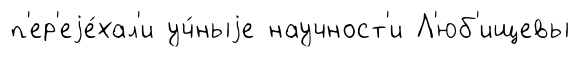
п'ер'еjе́хал'и уч́ныjе научност'и Л'юб'ищевы